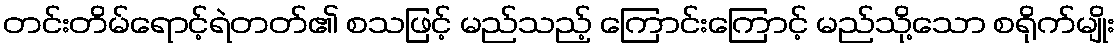
တင်းတိမ်ရောင့်ရဲတတ်၏ စသဖြင့် မည်သည့် ကြောင်းကြောင့် မည်သို့သော စရိုက်မျိုး